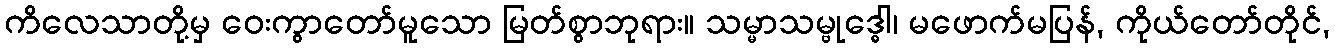
ကိလေသာတို့မှ ဝေးကွာတော်မူသော မြတ်စွာဘုရား။ သမ္မာသမ္ဗုဒ္ဓေါ၊ မဖောက်မပြန်, ကိုယ်တော်တိုင်,